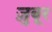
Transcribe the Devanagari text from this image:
ज़ुबूर